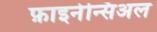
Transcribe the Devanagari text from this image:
फ़ाइनेन्सिअल